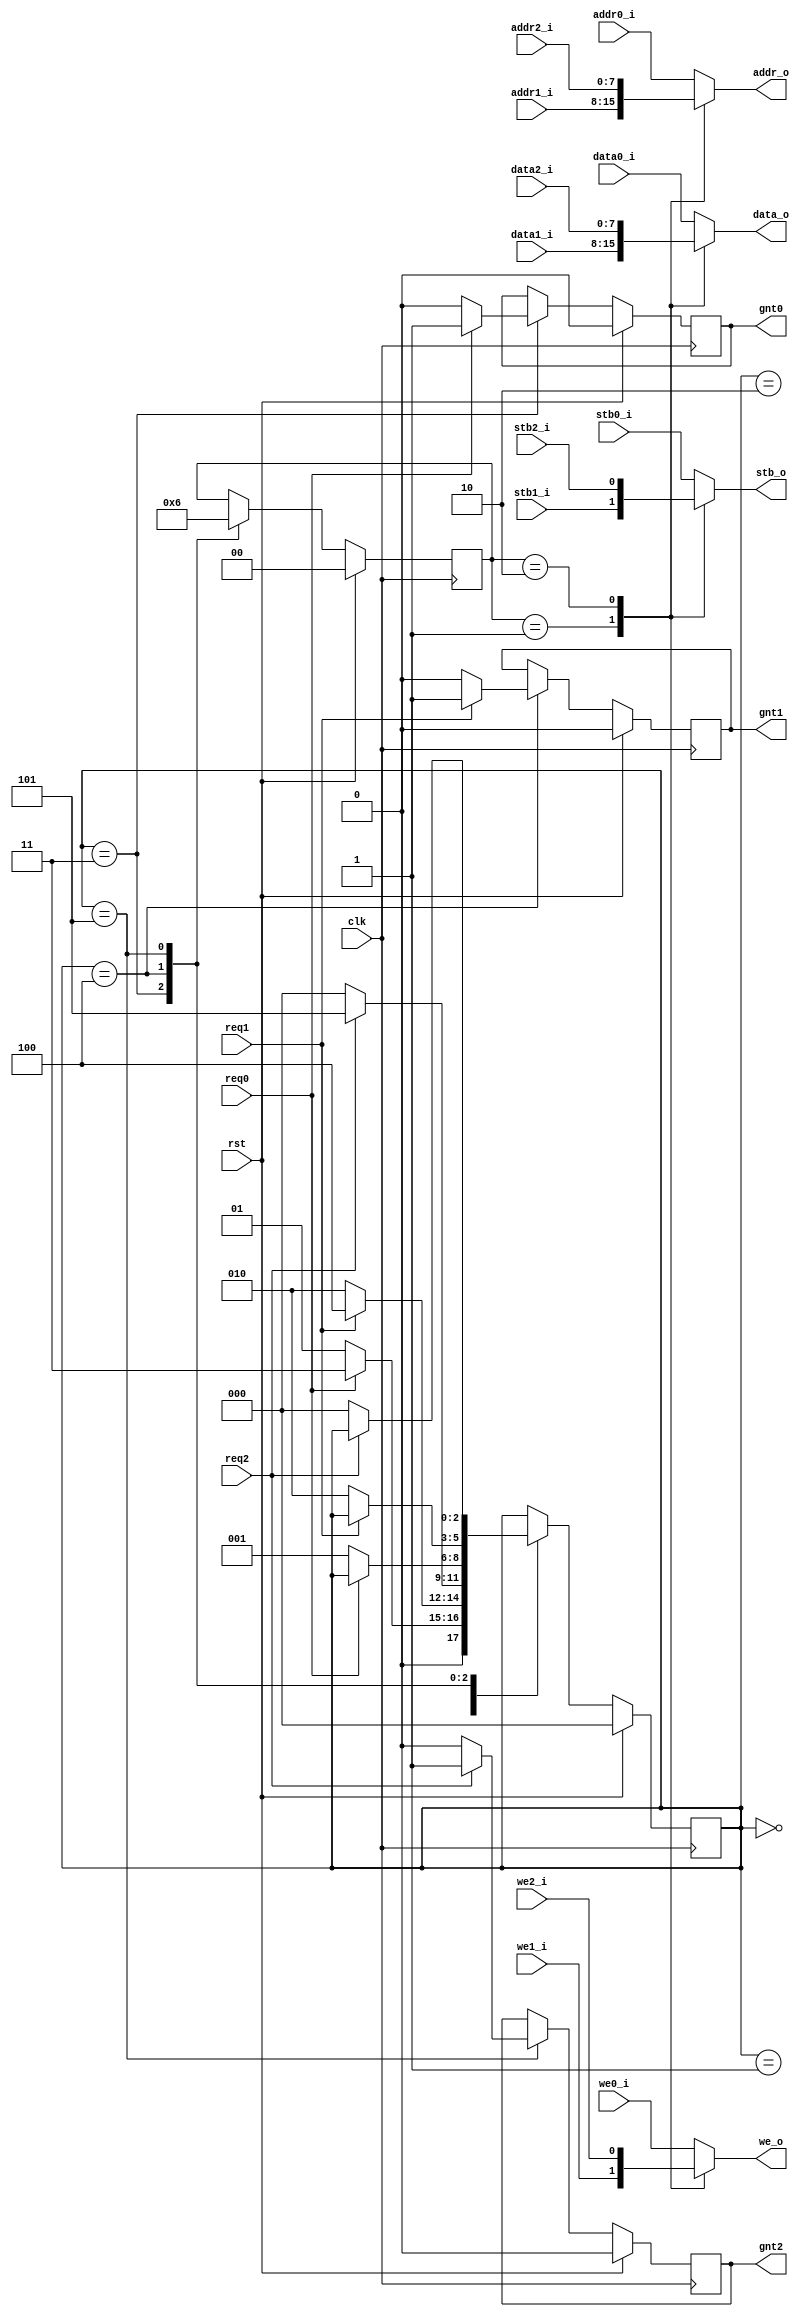
//////////////////////////////////////////////////////////////////////
////                                                              ////
//// wishboneArb.v                                                 ////
////                                                              ////
//// This file is part of the usbHostSlave opencores effort.
//// <http://www.opencores.org/cores//>                           ////
////                                                              ////
//// Module Description:                                          ////
//// Arbitrate between 3 wishbone bus controllers
//// Uses Round Robin access controller
//// 
////
////                                                              ////
//// To Do:                                                       ////
//// 
////                                                              ////
//// Author(s):                                                   ////
//// - Steve Fielding, sfielding@base2designs.com                 ////
////                                                              ////
//////////////////////////////////////////////////////////////////////
////                                                              ////
//// Copyright (C) 2008 Steve Fielding and OPENCORES.ORG          ////
////                                                              ////
//// This source file may be used and distributed without         ////
//// restriction provided that this copyright statement is not    ////
//// removed from the file and that any derivative work contains  ////
//// the original copyright notice and the associated disclaimer. ////
////                                                              ////
//// This source file is free software; you can redistribute it   ////
//// and/or modify it under the terms of the GNU Lesser General   ////
//// Public License as published by the Free Software Foundation; ////
//// either version 2.1 of the License, or (at your option) any   ////
//// later version.                                               ////
////                                                              ////
//// This source is distributed in the hope that it will be       ////
//// useful, but WITHOUT ANY WARRANTY; without even the implied   ////
//// warranty of MERCHANTABILITY or FITNESS FOR A PARTICULAR      ////
//// PURPOSE. See the GNU Lesser General Public License for more  ////
//// details.                                                     ////
////                                                              ////
//// You should have received a copy of the GNU Lesser General    ////
//// Public License along with this source; if not, download it   ////
//// from <http://www.opencores.org/lgpl.shtml>                   ////
////                                                              ////
//////////////////////////////////////////////////////////////////////
//
module wishboneArb (
  clk,
  rst,

  addr0_i,
  data0_i,
  stb0_i,
  we0_i,
  req0,
  gnt0,

  addr1_i,
  data1_i,
  stb1_i,
  we1_i,
  req1,
  gnt1,

  addr2_i,
  data2_i,
  stb2_i,
  we2_i,
  req2,
  gnt2,


  addr_o,
  data_o,
  stb_o,
  we_o
);

input clk;
input rst;

input [7:0] addr0_i;
input [7:0] data0_i;
input stb0_i;
input we0_i;
input req0;
output gnt0;
reg gnt0;

input [7:0] addr1_i;
input [7:0] data1_i;
input stb1_i;
input we1_i;
input req1;
output gnt1;
reg gnt1;

input [7:0] addr2_i;
input [7:0] data2_i;
input stb2_i;
input we2_i;
input req2;
output gnt2;
reg gnt2;


output [7:0] addr_o;
reg [7:0] addr_o;
output [7:0] data_o;
reg [7:0] data_o;
output stb_o;
reg stb_o;
output we_o;
reg we_o;

//local wires and regs
reg [1:0] muxSel;
reg [2:0] arbSt;

`define REQ_0 3'b000
`define REQ_1 3'b001
`define REQ_2 3'b010
`define GNT_0 3'b011
`define GNT_1 3'b100
`define GNT_2 3'b101


//arb
always @(posedge clk) begin
  if (rst == 1'b1) begin
    gnt0 <= 1'b0;
    gnt1 <= 1'b0;
    gnt2 <= 1'b0;
    muxSel <= 2'b00;
    arbSt <= `REQ_0;
  end
  else begin
    case (arbSt)
      `REQ_0: begin
        if (req0 == 1'b1)
          arbSt <= `GNT_0;
        else
          arbSt <= `REQ_1;
      end
      `REQ_1: begin
        if (req1 == 1'b1)
          arbSt <= `GNT_1;
        else
          arbSt <= `REQ_2;
      end
      `REQ_2: begin
        if (req2 == 1'b1)
          arbSt <= `GNT_2;
        else
          arbSt <= `REQ_0;
      end
      `GNT_0: begin
        gnt0 <= 1'b1;
        muxSel <= 2'b00;
        if (req0 == 1'b0) begin
          arbSt <= `REQ_1;
          gnt0 <= 1'b0;
        end
      end
      `GNT_1: begin
        gnt1 <= 1'b1;
        muxSel <= 2'b01;
        if (req1 == 1'b0) begin
          arbSt <= `REQ_2;
          gnt1 <= 1'b0;
        end
      end
      `GNT_2: begin
        gnt2 <= 1'b1;
        muxSel <= 2'b10;
        if (req2 == 1'b0) begin
          arbSt <= `REQ_0;
          gnt2 <= 1'b0;
        end
      end
    endcase
  end
end


//mux
always @(*) begin
  case (muxSel)
    2'b00: begin
      addr_o <= addr0_i;
      data_o <= data0_i;
      stb_o <= stb0_i;
      we_o <= we0_i;
    end
    2'b01: begin
      addr_o <= addr1_i;
      data_o <= data1_i;
      stb_o <= stb1_i;
      we_o <= we1_i;
    end
    2'b10: begin
      addr_o <= addr2_i;
      data_o <= data2_i;
      stb_o <= stb2_i;
      we_o <= we2_i;
    end
    default: begin
      addr_o <= addr0_i;
      data_o <= data0_i;
      stb_o <= stb0_i;
      we_o <= we0_i;
    end
  endcase
end


endmodule